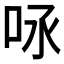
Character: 𠰿